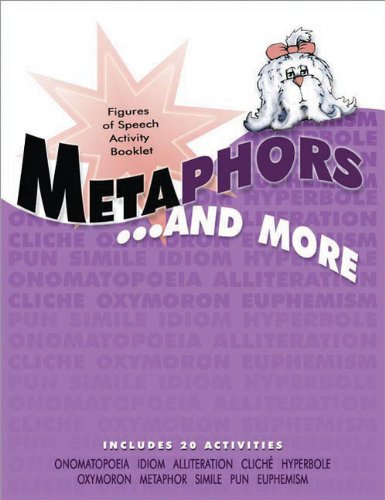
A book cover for Metaphors and More; Cottonwood Press; Teen & Young Adult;